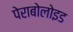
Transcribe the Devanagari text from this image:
पेराबोलोइड